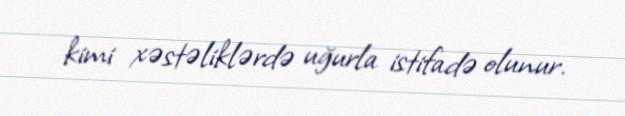
kimi xəstəliklərdə uğurla istifadə olunur.